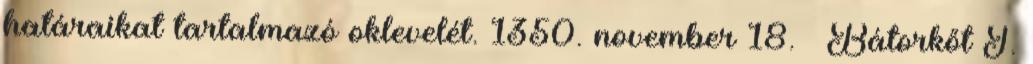
határaikat tartalmazó oklevelét. 1350. november 18. – Bátorkőt I.